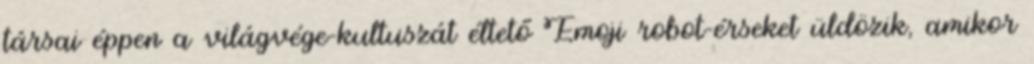
társai éppen a világvége-kultuszát éltető Emoji robot-érseket üldözik, amikor